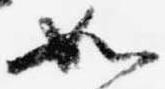
如